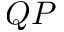
Q P